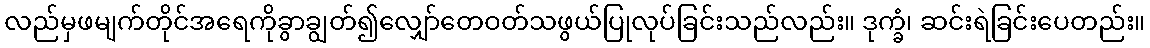
လည်မှဖမျက်တိုင်အရေကိုခွာချွတ်၍လျှော်တေဝတ်သဖွယ်ပြုလုပ်ခြင်းသည်လည်း။ ဒုက္ခံ၊ ဆင်းရဲခြင်းပေတည်း။